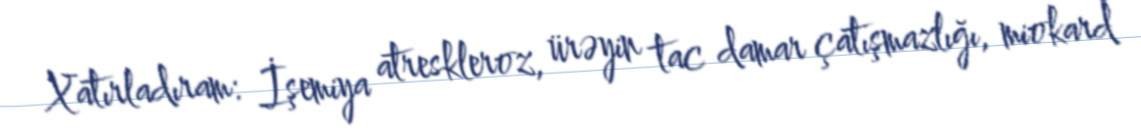
Xatırladıram: İşemiya atreskleroz, ürəyin tac damar çatışmazlığı, miokard